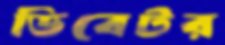
ডিবেটর